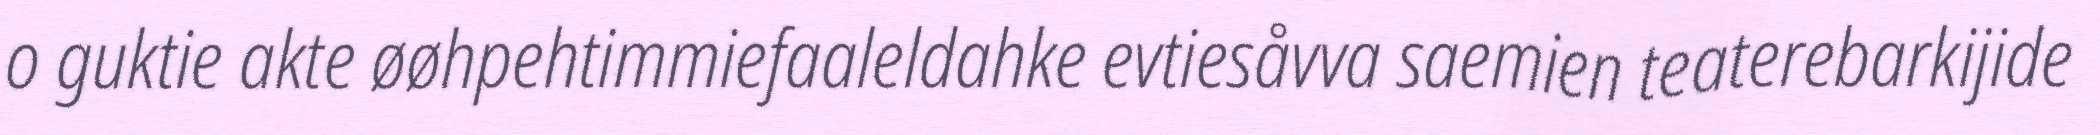
o guktie akte øøhpehtimmiefaaleldahke evtiesåvva saemien teaterebarkijide